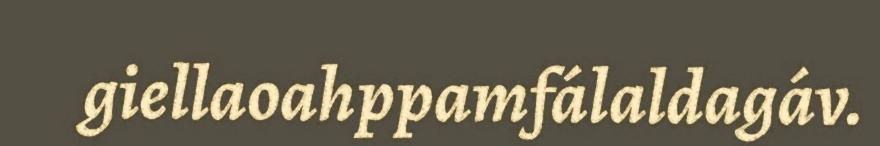
giellaoahppamfálaldagáv.